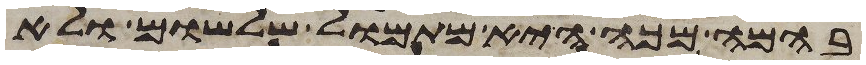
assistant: בהמה מכה היא מתמול שלשום ולא